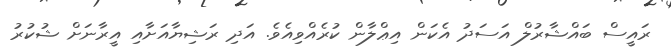
ރައީސް ބައްޝާރުލް އަސަދު އެކަން އިޢްލާން ކުރެއްވިއެވެ. އަދި ރަޝިޔާއަށާއި އީރާނަށް ޝުކުރު